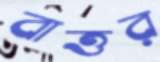
বাত্তর